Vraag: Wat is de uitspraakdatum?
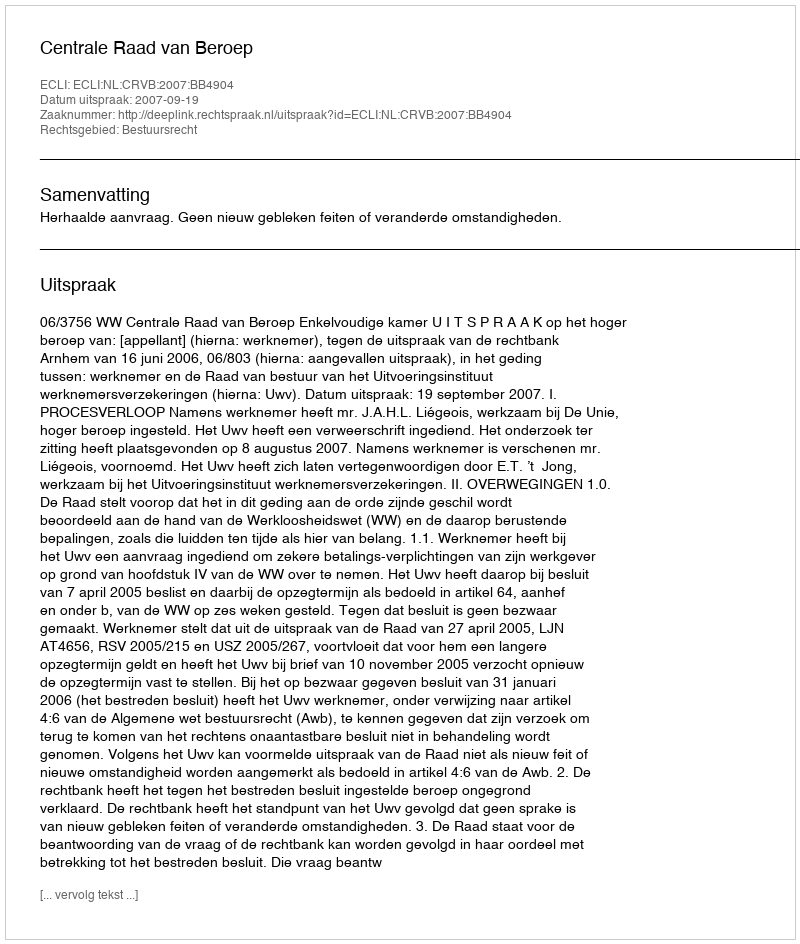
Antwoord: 2007-09-19